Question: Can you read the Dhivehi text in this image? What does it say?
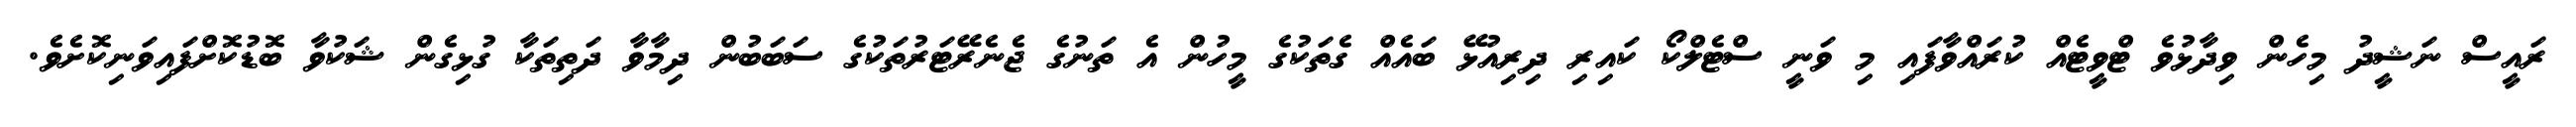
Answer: ރައީސް ނަޝީދު މިހެން ވިދާޅުވެ ޓްވީޓެއް ކުރައްވާފައި މި ވަނީ ސްޓެލްކޯ ކައިރި ދިރިއުޅޭ ބައެއް ގެތަކުގެ މީހުން އެ ތަނުގެ ޖެނެރޭޓަރުތަކުގެ ސަބަބުން ދިމާވާ ދަތިތަކާ ގުޅިގެން ޝަކުވާ ބޮޑުކޮށްފައިވަނިކޮށެވެ.